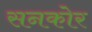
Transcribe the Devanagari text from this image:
सनकोर